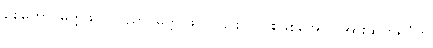
စေတောဝိမုတ္တိဖလ၊ ပညာဝိမုတ္တိ ဖလ၊ ၎င်း ၂-ပါးဖြစ်အောင် အားထုတ်ရပုံကို